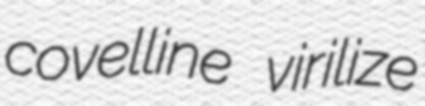
covelline virilize